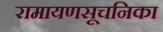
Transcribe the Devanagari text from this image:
रामायणसूचनिका